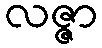
လဇ္ဇာ